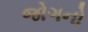
જોગનો